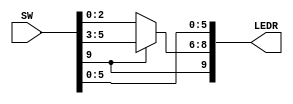
module mux_2_to_1 (
	input  [9:0] SW,
	output [9:0] LEDR
);

	wire [2:0] X, Y, M;

	assign S = SW[9];
	assign X = SW[2:0];
	assign Y = SW[5:3];

	assign LEDR[9] = S;
	assign LEDR[2:0] = X;
	assign LEDR[5:3] = Y;

	assign LEDR[8:6] = M;

	assign M = S ? Y : X;

endmodule